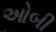
ઓબી